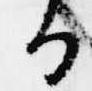
る